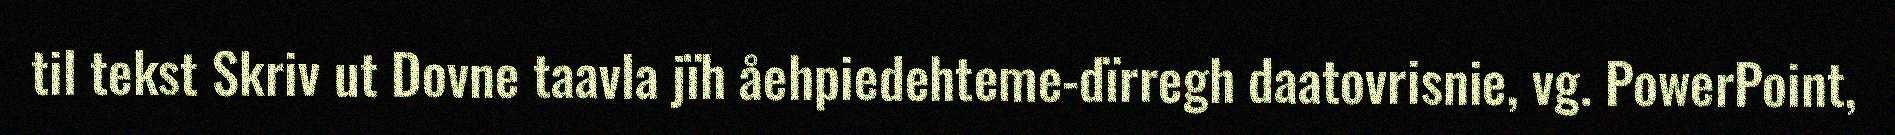
til tekst Skriv ut Dovne taavla jïh åehpiedehteme-dïrregh daatovrisnie, vg. PowerPoint,